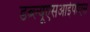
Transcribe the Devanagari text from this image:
डब्ल्यूएसआईपीएस